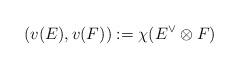
LaTeX: \begin{align*} (v(E),v(F)):=\chi(E^\vee\otimes F) \end{align*}